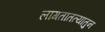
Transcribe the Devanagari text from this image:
लागतातत्यातुन